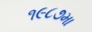
૧૯૮૭મા